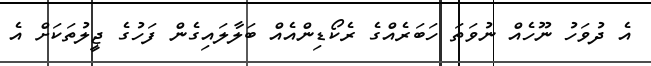
އެ ދުވަހު ނޫހެއް ނުވަތަ ހަބަރެއްގެ ރެކޯޑިންއެއް ބަލާލައިގެން ފަހުގެ ޖީލުތަކަށް އެ